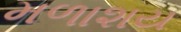
મળાશય